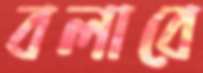
বলাবে